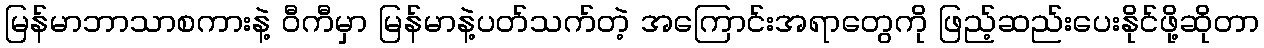
မြန်မာဘာသာစကားနဲ့ ဝီကီမှာ မြန်မာနဲ့ပတ်သက်တဲ့ အကြောင်းအရာတွေကို ဖြည့်ဆည်းပေးနိုင်ဖို့ဆိုတာ